Annual statistical returns and brief notes on vaccination in Bengal - 1887-1898
Year: 1887
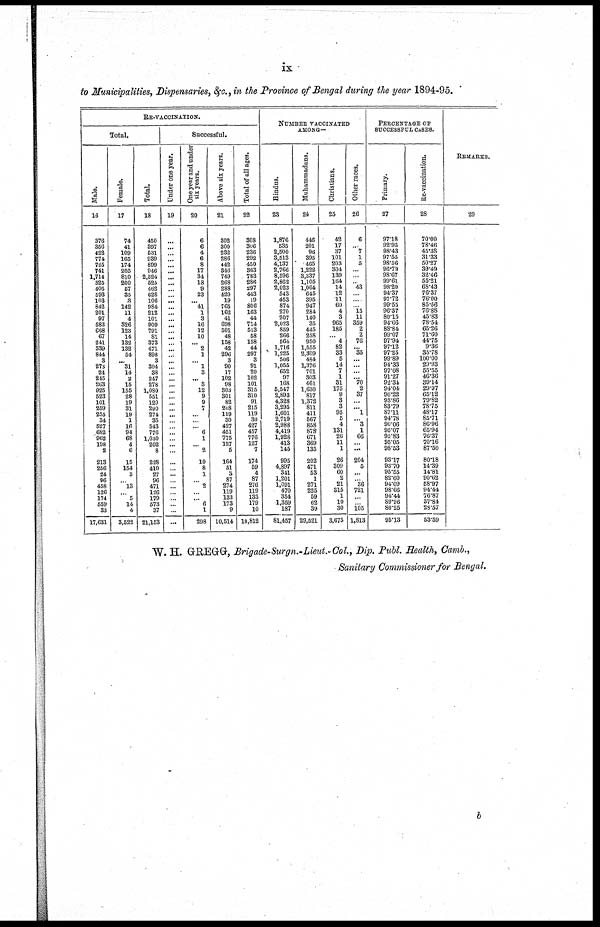
ix
to Municipalities, Dispensaries, &c., in the Province of Bengal during the year 1894-95.
RE-VACCINATION.
Total.
Male.
16
376
356
422
774
725
741
1,714
325
405
593
103
842
201
97
583
668
67
241
339
844
3
273
24
243
263
925
523
101
259
255
34
527
682
962
198
2
213
256
24
96
458
126
174
559
33
17,631
Female.
17
74
41
109
165
174
205
810
200
67
35
3
142
11
4
326
123
14
132
132
54
... 31
14
2
15
155
28
19
31
19
1
16
94
68
4
6
15
154
3
... 13
... 5
14
4
3,522
Total.
18
450
397
531
939
899
946
2,524
525
462
628
106
984
212
101
909
791
81
373
471
898
3
304
38
247
278
1,080
551
120
290
274
35
543
776
1,030
202
8
228
410
27
96
471
126
179
673
37
21,163
Successful.
Under one year.
19
...
...
...
...
...
...
...
...
...
...
...
...
...
...
...
...
...
...
...
...
...
...
...
...
...
...
...
...
...
...
...
...
...
...
...
...
...
...
...
...
...
...
...
...
...
...
One year and under
six years.
20
6
6
4
6
8
17
34
18
9
23
... 41
1
3
16
12
10
... 2
1
... 1
3
... 3
12
9
9
7
...
... ... 6
1
... 2
10
8
1
... 2
...
... 6
1
298
Above six years.
21
302
300
232
286
442
346
749
268
288
420
19
765
162
41
698
501
48
158
42
296
3
90
17
102
98
303
301
82
208
119
30
427
451
775
127
5
164
51
3
87
274
119
133
173
9
10,514
Total of all ages.
22
308
306
236
292
450
363
783
286
297
443
19
806
163
44
714
513
58
158
44
297
3
91
20
102
101
315
310
91
215
119
30
427
457
776
127
7
174
59
4
87
276
119
133
179
10
10,812
NUMBER VACCINATED
AMONG—
Hindus.
23
1,876
535
2,500
3,513
4,137
2,766
8,596
2,862
2,023
543
453
874
270
207
2,023
859
266
564
1,716
1,225
506
1,055
652
97
168
5,547
2,893
4,328
3,295
1,601
2,719
2,988
4,419
1,928
413
145
995
4,897
341
1,201
1,091
470
354
1,359
187
81,457
Muhammadans.
24
446
201
96
395
465
1,222
3,337
1,105
1,064
645
395
947
284
140
35
445
258
950
1,555
2,309
484
1,376
701
303
461
1,630
817
1,372
811
411
567
858
878
671
369
135
202
471
53
1
271
225
59
62
39
29,521
Christians.
25
42
17
37
101
203
304
139
164
14
12
11
60
4
3
965
185
... 4
82
33
5
14
7
1
31
175
9
3
3
95
5
4
131
26
11
1
26
309
60
2
21
315
1
10
30
3,675
Other races.
26
6
... 7
1
5
...
...
.. 43
...
...
... 15
11
359
2
2
76
... 35
...
...
...
... 70
2
37
...
... 1
... 3
1
66
...
...
204
5
...
... 36
721
...
... 105
1,813
PERCENTAGE OF
SUCCESSFUL CASES.
Primary.
27
97.18
92.95
98.43
97.55
98.56
96.79
98.67
99.61
98.20
94.37
97.72
99.55
96.37
80.15
94.66
88.84
99.07
97.94
97.12
97.25
99.89
94.33
97.08
91.27
92.34
94.04
96.22
93.86
83.79
87.11
94.78
90.06
95.07
95.83
95.05
98.53
93.17
93.70
95.55
82.60
94.09
98.66
94.44
89.96
80.25
95.13
Re-vaccination.
28
70.00
78.46
45.38
31.33
50.27
39.49
32.46
55.21
68.43
76.37
76.00
85.56
76.88
45.83
78.54
65.26
71.60
44.75
9.36
35.78
100.00
29.93
55.55
46.36
39.14
29.97
65.12
79.82
78.75
48.17
85.71
86.96
65.94
76.37
70.16
87.50
80.18
14.39
14.81
90.62
58.97
94.44
76.87
37.84
28.57
53.59
REMARKS.
29
W. H. GREGG, Brigade-Surgn.-Lieut.-Col., Dip. Publ. Health, Camb.,
Sanitary Commissioner for Bengal.
b